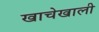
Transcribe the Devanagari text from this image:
खाचेखाली